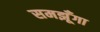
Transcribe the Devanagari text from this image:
समझूँगा